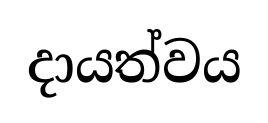
දායත්වය